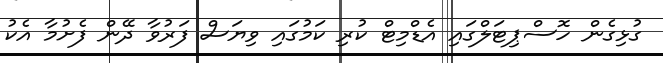
ގުޅިގެން ހޮސްޕިޓަލްގައި އެޑްމިޓް ކުރި ކަމުގައި ވިޔަސް ފަރުވާ ދޭން ފެށުމާ އެކު